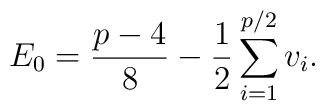
E_0=\frac{p-4}{8}-\frac{1}{2}\sum_{i=1}^{p/2} v_i.